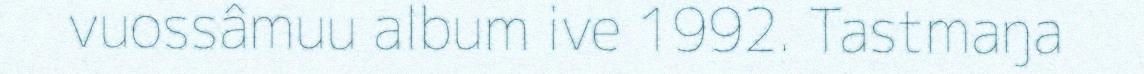
vuossâmuu album ive 1992. Tastmaŋa